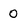
Character: 0